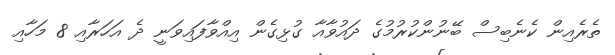
ތެރެއިން ކެނެބިސް ބޭނުންކުރުމުގެ ދައުވާއާ ގުޅިގެން އިއްވާފައިވަނީ ދެ އަހަރާއި 8 މަހާއި